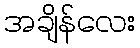
အချိန်လေး